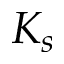
K _ { s }